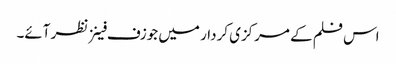
اس فلم کے مرکزی کردار میں جوزف فینز نظر آئے۔